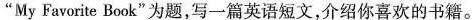
”My Favorite Book”为题，写一篇英语短文，介绍你喜欢的书籍。